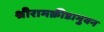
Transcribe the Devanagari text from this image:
श्रीरामक्रीडाभुवन